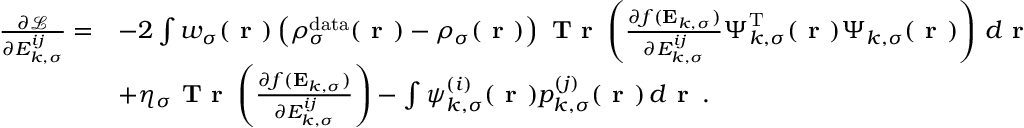
\begin{array} { r l } { \frac { \partial \mathcal { L } } { \partial { E } _ { k , \sigma } ^ { i j } } = } & { - 2 \int w _ { \sigma } ( \boldsymbol { \textbf { r } } ) \left( \rho _ { \sigma } ^ { \mathrm { d a t a } } ( \boldsymbol { \textbf { r } } ) - \rho _ { \sigma } ( \boldsymbol { \textbf { r } } ) \right) \textbf { T r } \left( \frac { \partial f ( \mathbf { E } _ { k , \sigma } ) } { \partial { E } _ { k , \sigma } ^ { i j } } \boldsymbol { \Psi } _ { k , \sigma } ^ { \mathrm { T } } ( \boldsymbol { \textbf { r } } ) \boldsymbol { \Psi } _ { k , \sigma } ( \boldsymbol { \textbf { r } } ) \right) \, d \boldsymbol { \textbf { r } } } \\ & { + \eta _ { \sigma } \textbf { T r } \left( \frac { \partial f ( \mathbf { E } _ { k , \sigma } ) } { \partial { E } _ { k , \sigma } ^ { i j } } \right) - \int \psi _ { k , \sigma } ^ { ( i ) } ( \boldsymbol { \textbf { r } } ) p _ { k , \sigma } ^ { ( j ) } ( \boldsymbol { \textbf { r } } ) \, d \boldsymbol { \textbf { r } } \, . } \end{array}